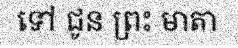
ទៅ ជូន ព្រះ មាតា